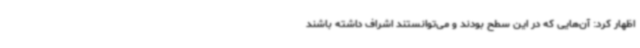
اظهار کرد: آن‌هایی که در این سطح بودند و می‌توانستند اشراف داشته باشند